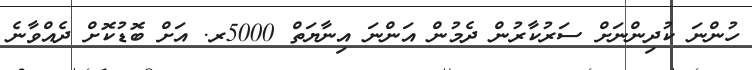
ހުންނަ ކުދިންނަށް ސަރުކާރުން ދެމުން އަންނަ އިނާޔަތް 5000ރ. އަށް ބޮޑުކޮށް ދެއްވާނެ